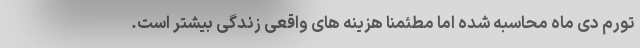
تورم دی ماه محاسبه شده اما مطئمنا هزینه های واقعی زندگی بیشتر است.